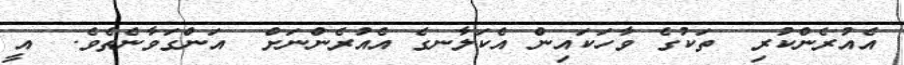
އެއުރެންކުރި  ތަކުގެ ވާހަކައިން އެކަލާނގެ އެއުރެންނަށް  އަންގަވާނެތެވެ.  އީ